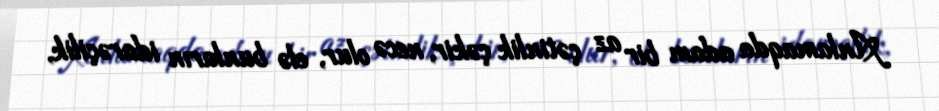
Anlamaqda adam bir az çətinlik çəkir, necə olur, elə bunların idarəçilik,